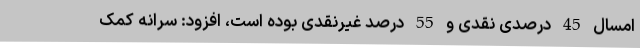
امسال 45 درصدی نقدی و 55 درصد غیرنقدی بوده است، افزود: سرانه کمک